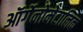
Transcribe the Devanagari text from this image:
ऑर्गेनोमेटालिक